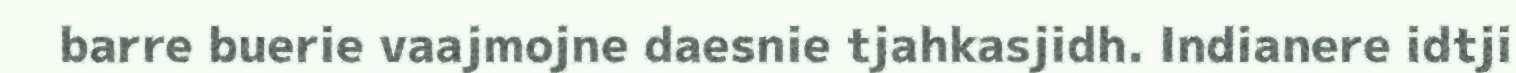
barre buerie vaajmojne daesnie tjahkasjidh. Indianere idtji